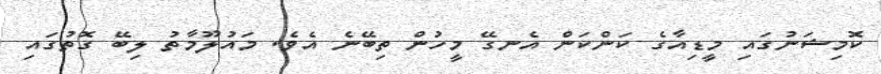
ކޮމިޝަނުގައި މީޑިއާގެ ކަންކަން އެނގޭ މީހުން ތިބޭނެ އެވެ. މައުލޫމާތު ލިބޭ ގޮތުގައި